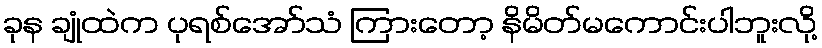
ခုန ချုံထဲက ပုရစ်အော်သံ ကြားတော့ နိမိတ်မကောင်းပါဘူးလို့